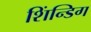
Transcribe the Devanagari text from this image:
शिंन्डिग